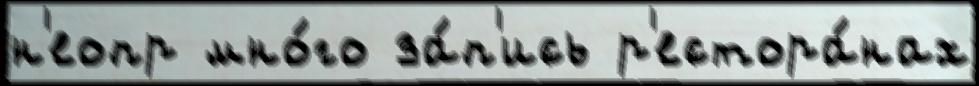
н'еопр мно́го за́п'ись р'естора́нах